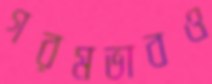
গরমভাবও